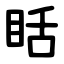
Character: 䀨